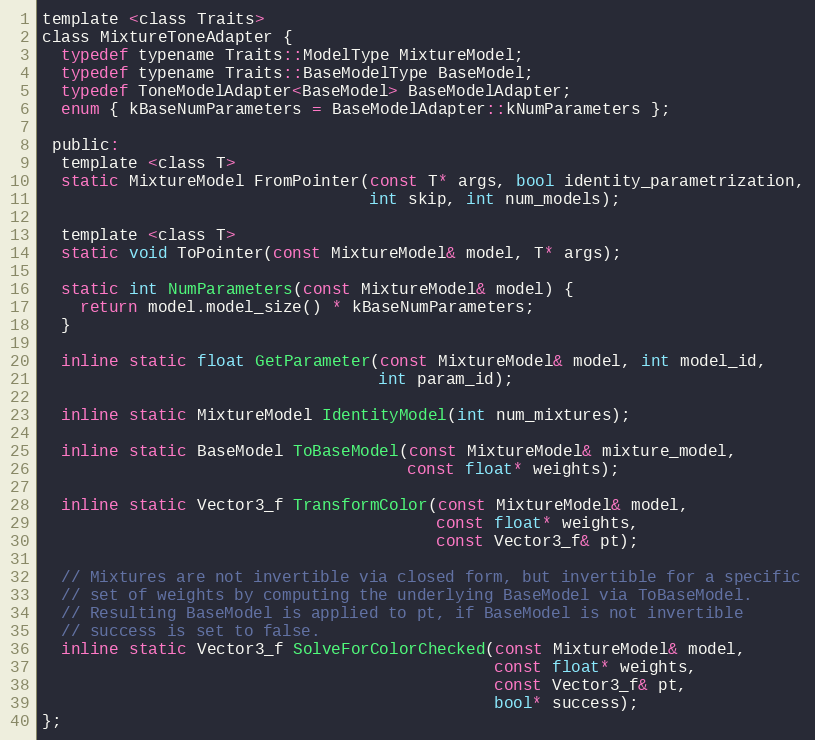
Language: C
template <class Traits>
class MixtureToneAdapter {
  typedef typename Traits::ModelType MixtureModel;
  typedef typename Traits::BaseModelType BaseModel;
  typedef ToneModelAdapter<BaseModel> BaseModelAdapter;
  enum { kBaseNumParameters = BaseModelAdapter::kNumParameters };

 public:
  template <class T>
  static MixtureModel FromPointer(const T* args, bool identity_parametrization,
                                  int skip, int num_models);

  template <class T>
  static void ToPointer(const MixtureModel& model, T* args);

  static int NumParameters(const MixtureModel& model) {
    return model.model_size() * kBaseNumParameters;
  }

  inline static float GetParameter(const MixtureModel& model, int model_id,
                                   int param_id);

  inline static MixtureModel IdentityModel(int num_mixtures);

  inline static BaseModel ToBaseModel(const MixtureModel& mixture_model,
                                      const float* weights);

  inline static Vector3_f TransformColor(const MixtureModel& model,
                                         const float* weights,
                                         const Vector3_f& pt);

  // Mixtures are not invertible via closed form, but invertible for a specific
  // set of weights by computing the underlying BaseModel via ToBaseModel.
  // Resulting BaseModel is applied to pt, if BaseModel is not invertible
  // success is set to false.
  inline static Vector3_f SolveForColorChecked(const MixtureModel& model,
                                               const float* weights,
                                               const Vector3_f& pt,
                                               bool* success);
};